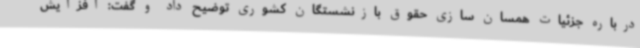
درباره جزئیات همسان سازی حقوق بازنشستگان کشوری توضیح داد و گفت: افزایش